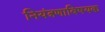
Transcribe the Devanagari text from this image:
नियंत्रणाविषयक